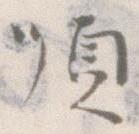
順